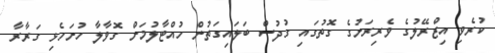
ކުރެވި އިޒްރޭލުގެ ވެރިރަށުގެ ގޮތުގައި ގުދުސް ބަލައިގަތުން ހުއްޓާލުމަށް ގޮވާލާ ހުށަހެޅި ގަރާރާ